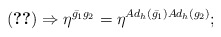
\begin{align*}(\ref{metric})\Rightarrow \eta^{{\bar{g_1}}g_2}=\eta^{Ad_h({\bar{g_1}})Ad_h(g_2)};\end{align*}